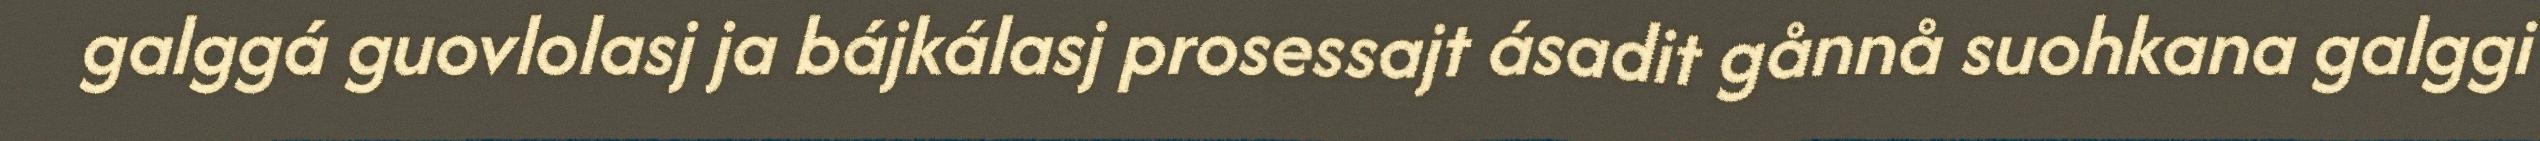
galggá guovlolasj ja bájkálasj prosessajt ásadit gånnå suohkana galggi